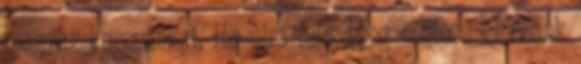
magyar koronánkat, Ha újra felragyog – nincs ki reánk